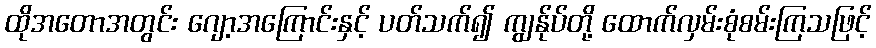
ထိုအတောအတွင်း ဂျော့အကြောင်းနှင့် ပတ်သက်၍ ကျွန်ုပ်တို့ ထောက်လှမ်းစုံစမ်းကြသဖြင့်